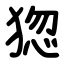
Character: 㺀